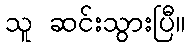
သူ ဆင်းသွားပြီ။